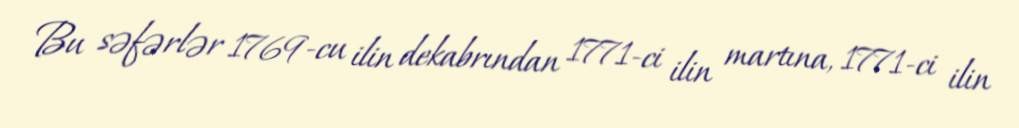
Bu səfərlər 1769-cu ilin dekabrından 1771-ci ilin martına, 1771-ci ilin